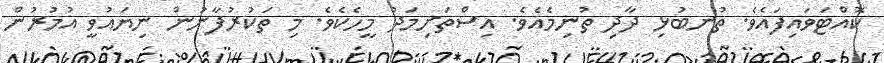
ކޮއްޓަވައިފައެވެ. ތުނބުޅި ދާދި ތުނިމެއެވެ. އިސްތަށިމަދު މީހެކެވެ. މި ތަކުރުފާނުން ނިޔައުވީ އުމުރުން